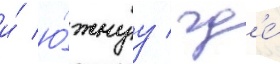
и́ ю́жнуу / гд'е́